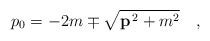
LaTeX: \begin{align*}p_0 = -2m \mp \sqrt{{\bf p}^{\,2}+m^2}\quad,\end{align*}